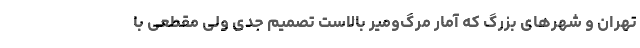
تهران و شهرهای بزرگ که آمار مرگ‌ومیر بالاست تصمیم جدی ولی مقطعی با